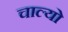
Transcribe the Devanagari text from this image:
चाल्यो